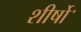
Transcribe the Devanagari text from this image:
शीर्षोॱ